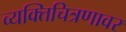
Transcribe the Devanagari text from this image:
व्यक्तिचित्रणावर